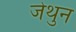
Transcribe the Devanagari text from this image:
जेथुन